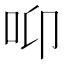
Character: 𱒌